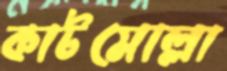
কাটমোল্লা